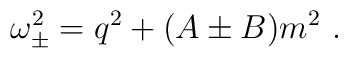
\omega_{\pm}^{2} = q^{2} + (A\pm B) m^{2}\ .